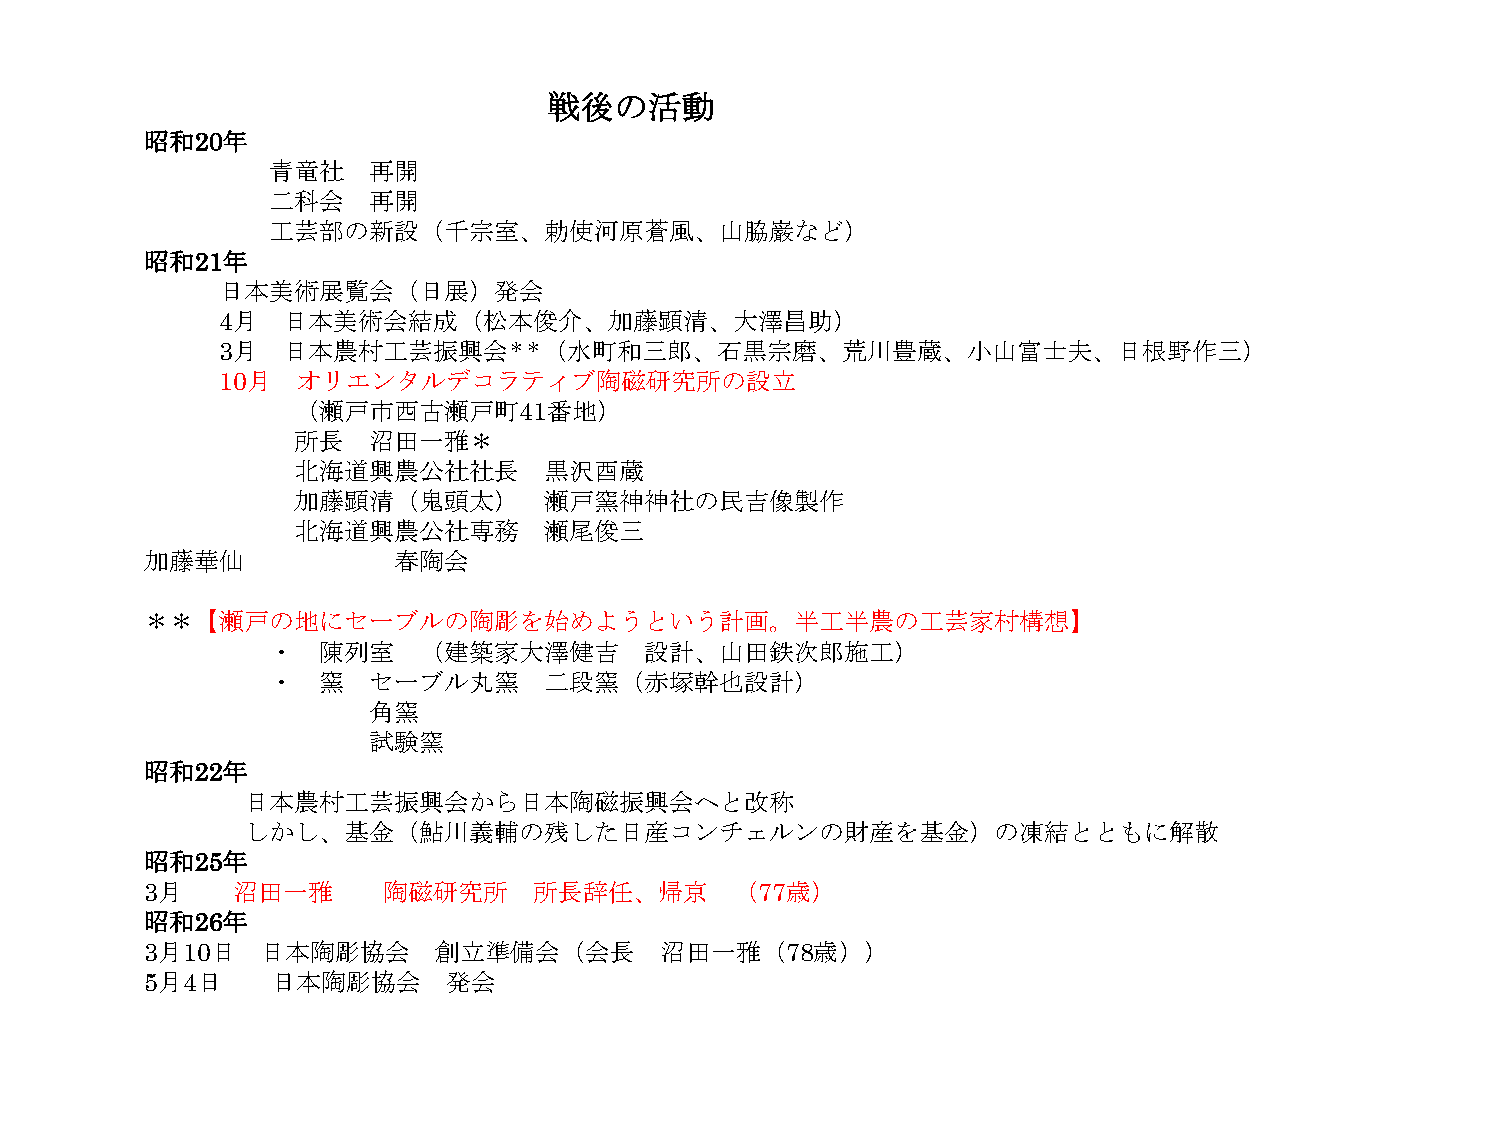
戦後の活動
 昭和20年
 青竜社   再開
 二科会   再開
 工芸部の新設（千宗室、勅使河原蒼風、山脇巌など）
 昭和21年
 日本美術展覧会（日展）発会
 4月   日本美術会結成（松本俊介、加藤顕清、大澤昌助）
 3月   日本農村工芸振興会＊＊（水町和三郎、石黒宗磨、荒川豊蔵、小山富士夫、日根野作三）
 10月   オリエンタルデコラティブ陶磁研究所の設立
 （瀬戸市西古瀬戸町41番地）
 所長   沼田一雅＊
 北海道興農公社社長        黒沢酉蔵
 加藤顕清（鬼頭太）        瀬戸窯神神社の民吉像製作
 北海道興農公社専務        瀬尾俊三
 加藤華仙            春陶会
 ＊＊【瀬戸の地にセーブルの陶彫を始めようという計画。半工半農の工芸家村構想】
 ・  陳列室    （建築家大澤健吉       設計、山田鉄次郎施工）
 ・  窯  セーブル丸窯      二段窯（赤塚幹也設計）
 角窯
 試験窯
 昭和22年
 日本農村工芸振興会から日本陶磁振興会へと改称
 しかし、基金（鮎川義輔の残した日産コンチェルンの財産を基金）の凍結とともに解散
 昭和25年
 3月   沼田一雅      陶磁研究所     所長辞任、帰京       （77歳）
 昭和26年
 3月10日  日本陶彫協会      創立準備会（会長       沼田一雅（78歳））
 5月4日    日本陶彫協会      発会